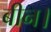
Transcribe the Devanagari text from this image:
बीन।